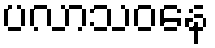
ပလာသဝနေ